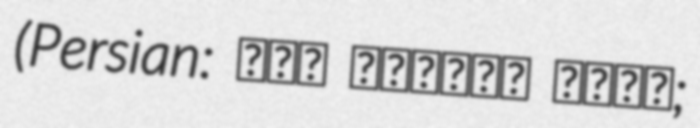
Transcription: (Persian: حسن انعامي عليا;